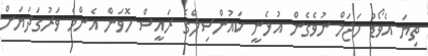
ތިޔަ އެވޯޑު ހަޖަމް ނުވެގެން އުޅެނީ ކައުންސިލްގެ ރައީސް ހޮވަން އެންމެ ވަރުގަދަޔަށް